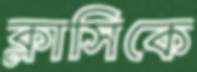
ক্লাসিকে